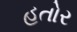
હતોર